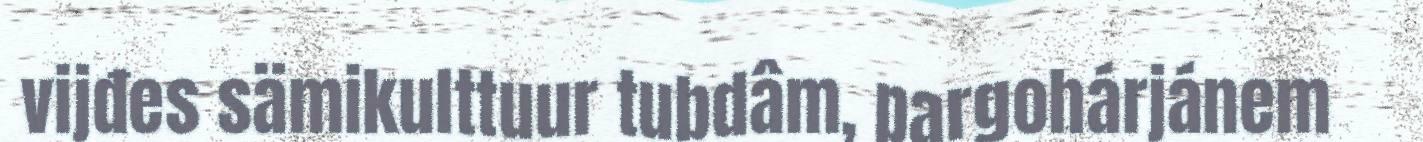
vijđes sämikulttuur tubdâm, pargohárjánem